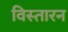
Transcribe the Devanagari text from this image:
विस्तारन